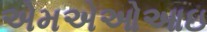
એમએઓઆઇ